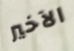
الآخير